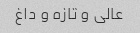
عالی و تازه و داغ